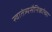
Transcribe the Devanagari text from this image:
स्वातंत्र्यसैनिकांच्या